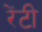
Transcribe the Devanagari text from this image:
रेंटी